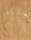
للغناء